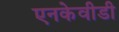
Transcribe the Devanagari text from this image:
एनकेवीडी